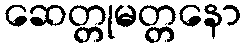
ဆေတ္တုမတ္တနော